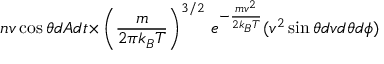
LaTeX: \quad n v \cos { \theta } d A d t { \times } \left( { \frac { m } { 2 \pi k _ { B } T } } \right) ^ { 3 / 2 } \, e ^ { - { \frac { m v ^ { 2 } } { 2 k _ { B } T } } } ( v ^ { 2 } \sin { \theta } d v { d \theta } d \phi )